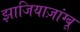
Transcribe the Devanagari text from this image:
झाजियाज़ांग्बू